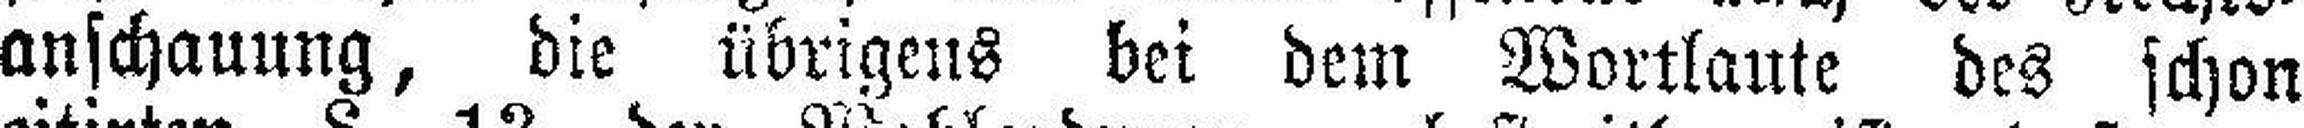
anschauung, die übrigens bei dem Wortlaute des schon